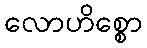
လောဟိစ္စော